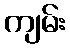
ကျမ်း